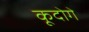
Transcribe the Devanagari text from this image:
कूदोगे